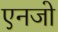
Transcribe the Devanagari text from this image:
एनजो